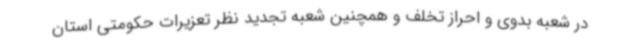
در شعبه بدوی و احراز تخلف و همچنین شعبه تجدید نظر تعزیرات حکومتی استان